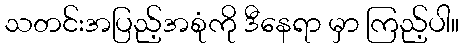
သတင်းအပြည့်အစုံကို ဒီနေရာ မှာ ကြည့်ပါ။